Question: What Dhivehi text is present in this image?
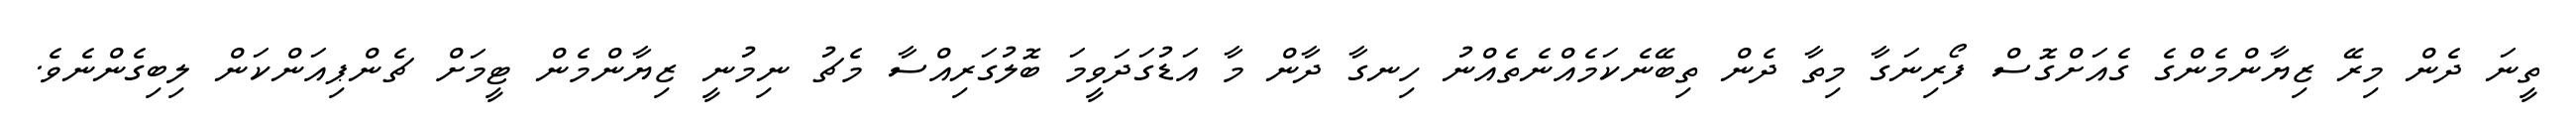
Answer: ތީނަ ދެން މިރޭ ޒިޔާންމެންގެ ގެއަށްގޮސް ފޯރިނަގާ މިތާ ދެން ތިބޭނެކަމެއްނެތެއްނު ހިނގާ ދާން މާ އަޑުގަދަވީމަ ބޮލުގަރިއްސާ މެޗު ނިމުނީ ޒިޔާންމެން ޓީމަށް ޗެންޕިއަންކަން ލިބިގެންނެވެ.